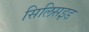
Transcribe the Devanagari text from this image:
सिलिसइड